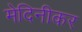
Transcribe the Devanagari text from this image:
मेदिनीकर